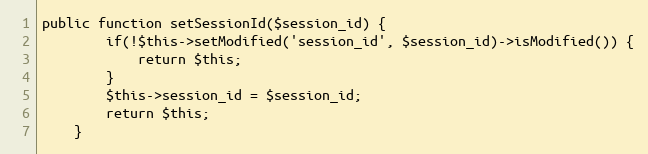
Language: PHP
public function setSessionId($session_id) {
        if(!$this->setModified('session_id', $session_id)->isModified()) {
            return $this;
        }
		$this->session_id = $session_id;
		return $this;
    }